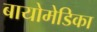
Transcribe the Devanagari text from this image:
बायोमेडिका